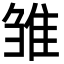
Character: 雏